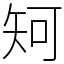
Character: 𥎵